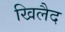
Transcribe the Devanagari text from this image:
खिलैद